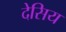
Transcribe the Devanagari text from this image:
देसिय